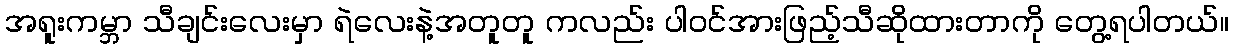
အရူးကမ္ဘာ သီချင်းလေးမှာ ရဲလေးနဲ့အတူတူ ကလည်း ပါဝင်အားဖြည့်သီဆိုထားတာကို တွေ့ရပါတယ်။